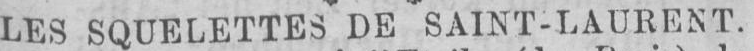
LES SQUELETTES DE SAINT-LAURENT.